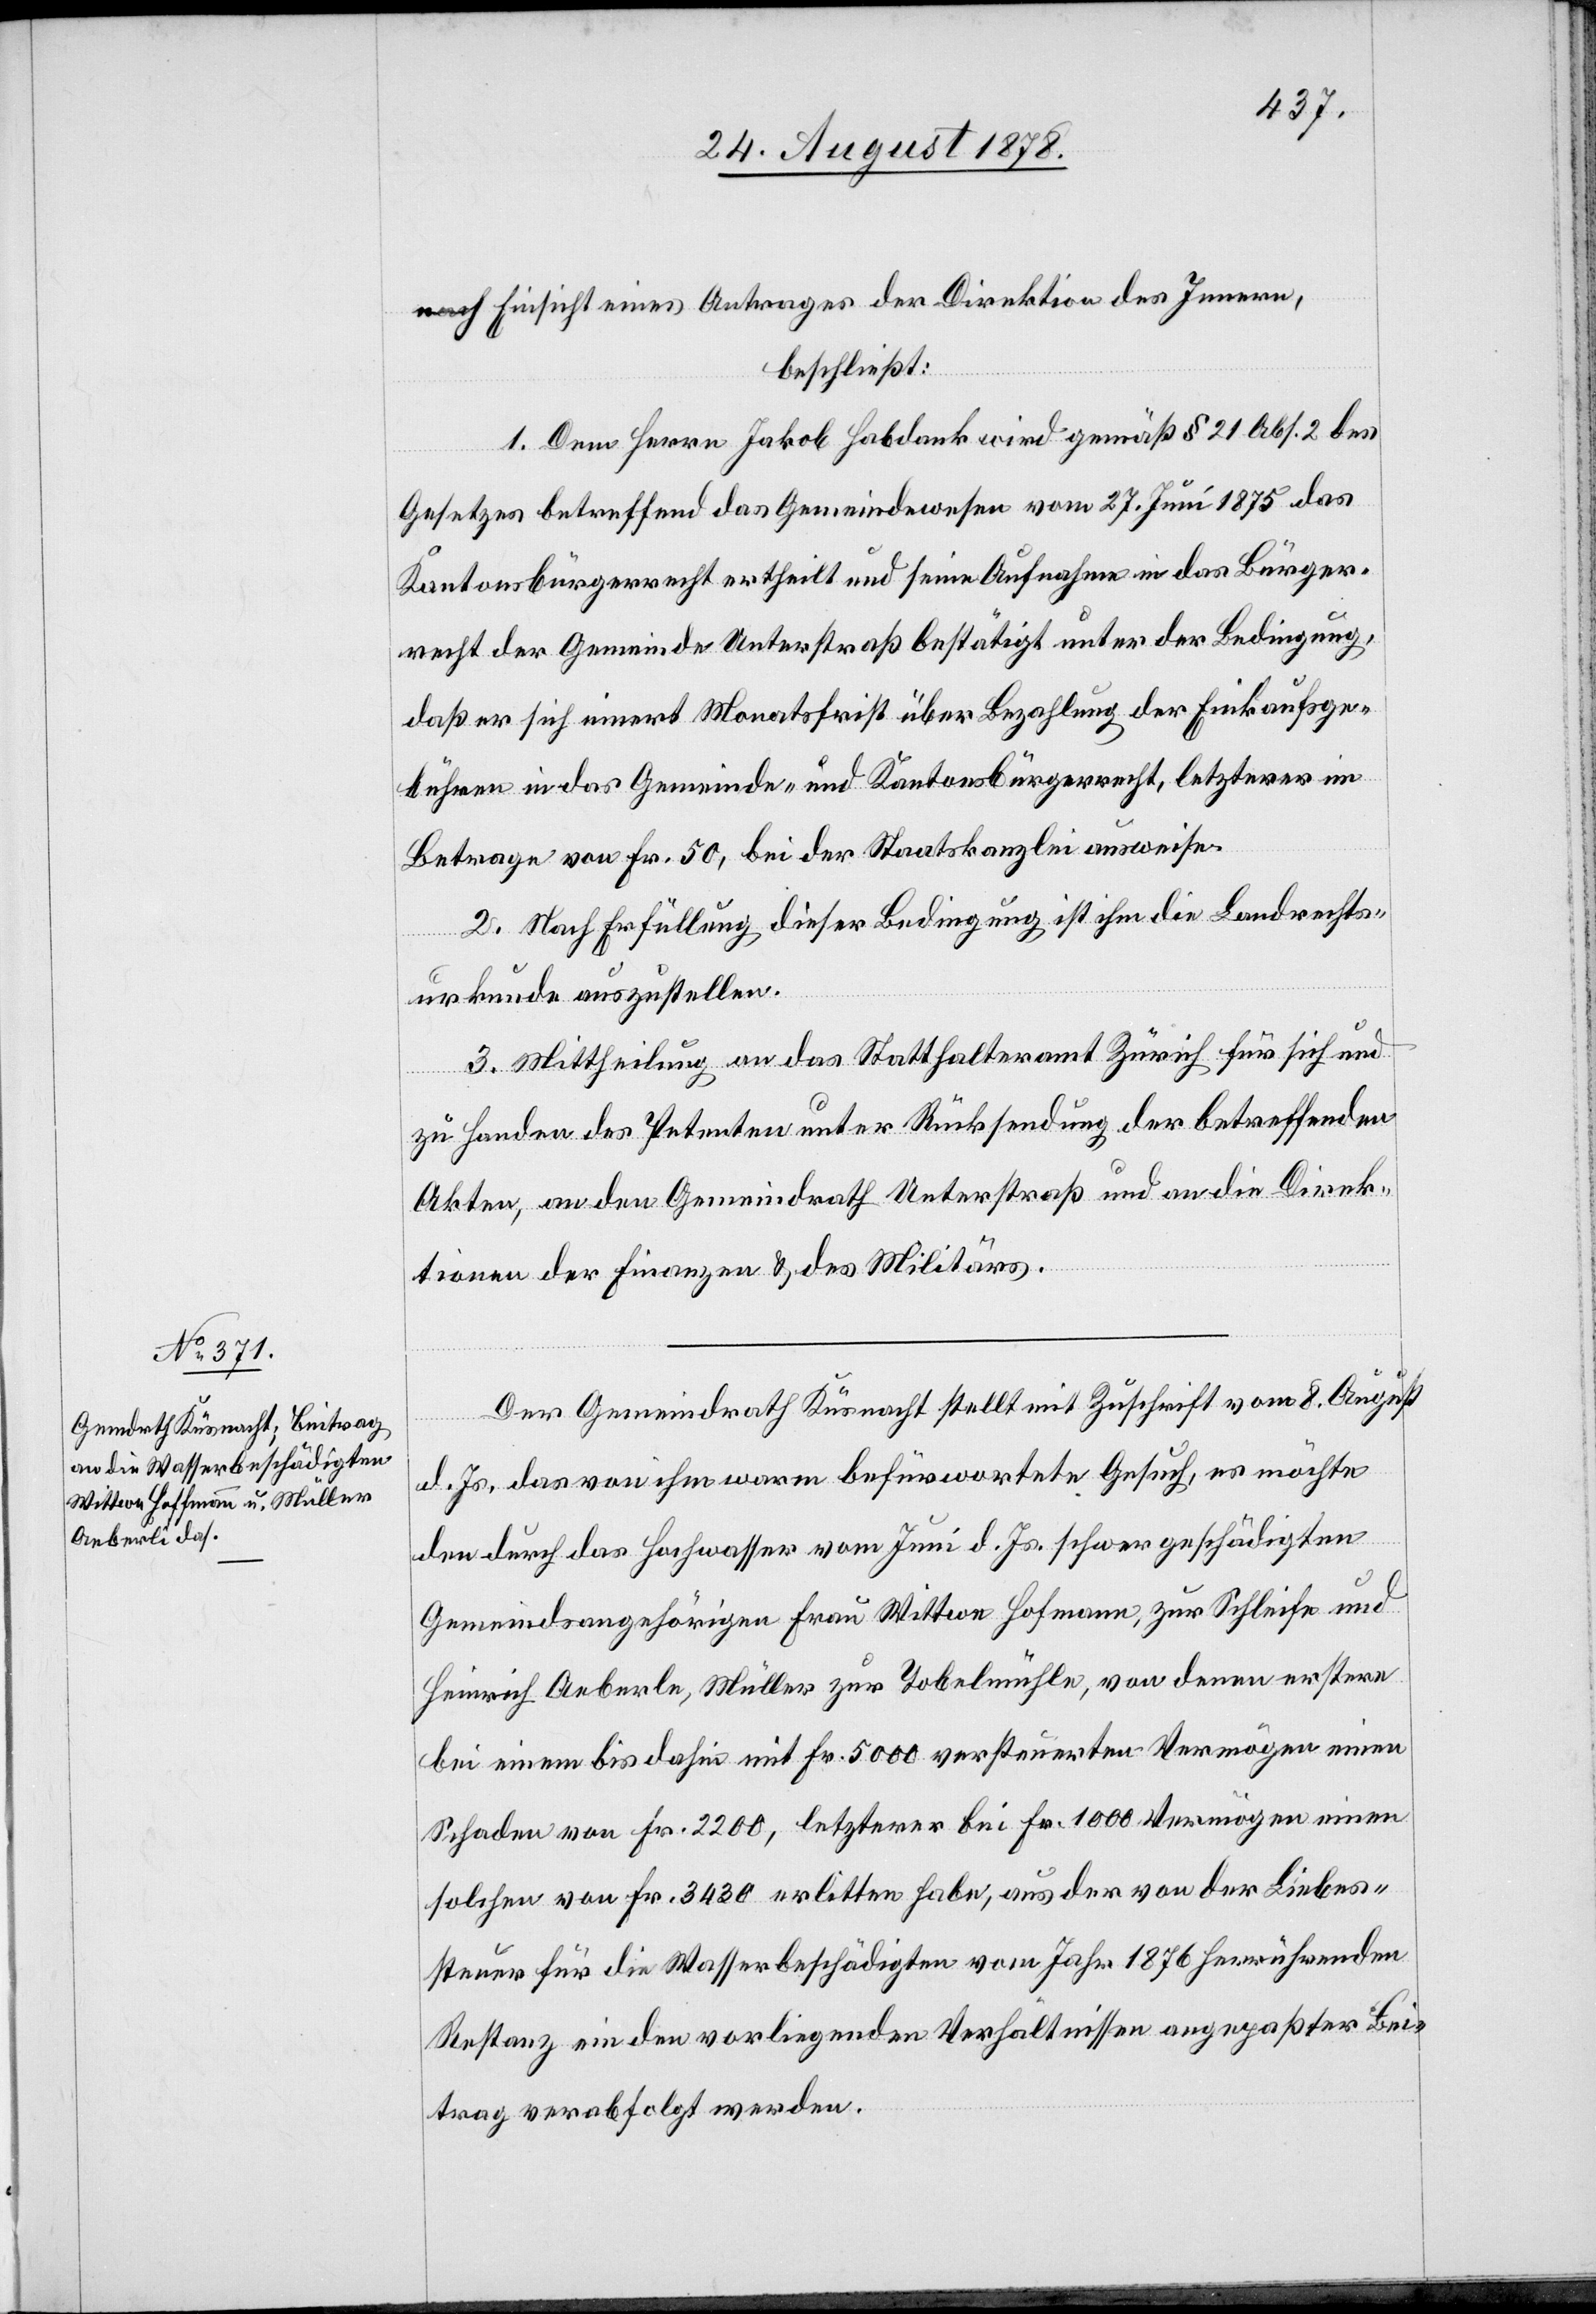
nach Einsicht eines Antrages der Direktion des Innern,
beschließt:
1. Dem Herren Jakob Habdank wird gemäß § 21, Abs. 2 des
Gesetzes betreffend das Gemeindewesen vom 27. Juni 1875 das
Kantonsbürgerrecht ertheilt und seine Aufnahme in das Bürger¬
recht der Gemeinde Unterstraß bestätigt unter der Bedingung,
daß er sich innert Monatsfrist über Bezahlung der Einkaufsge¬
bühren in das Gemeinde- und Kantonsbürgerrecht, letzterer im
Betrage von Fr. 50, bei der Staatskanzlei ausweise.
2. Nach Erfüllung dieser Bedingung ist ihm die Landrechts¬
urkunde auszustellen.
3. Mittheilung an das Statthalteramt Zürich für sich und
zu Handen des Petenten unter Rücksendung der betreffenden
Akten, an den Gemeindrath Unterstraß und an die Direk¬
tionen der Finanzen und des Militärs.
Der Gemeindrath Küsnacht stellt mit Zuschrift vom 8. August
d. Js. das von ihm warm befürwortete Gesuch, es möchte
den durch das Hochwasser vom Juni d. Js. schwer geschädigten
Gemeindsangehörigen Frau Wittwe Hofmann, zur Schleife und
Heinrich Aeberle, Müller zur Tobelmühle, von denen erstere
bei einem bis dahin mit Fr. 5000 versteuerten Vermögen einen
Schaden von Fr. 2200, letzterer bei Fr. 1000 Vermögen einen
solchen von Fr. 3430 erlitten habe, aus der von der Liebes¬
steuer für die Wasserbeschädigten vom Jahr 1876 herreichenden
Restanz ein den vorliegenden Verhältnissen angepasster Bei¬
trag verabfolgt werden.